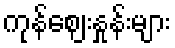
ကုန်ဈေးနှုန်းများ